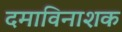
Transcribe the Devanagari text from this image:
दमाविनाशक